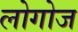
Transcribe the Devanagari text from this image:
लोगोज